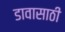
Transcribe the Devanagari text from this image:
डावासाठी